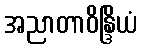
အညာတာဝိန္ဒြိယံ